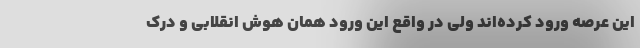
این عرصه ورود کرده‌اند ولی در واقع این ورود همان هوش انقلابی و درک